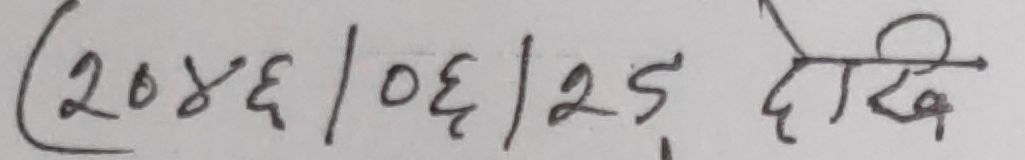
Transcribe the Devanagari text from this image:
(२०४६/०६/२ङ देखि